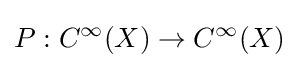
P:C^{\infty }(X)\to C^{\infty }(X)